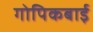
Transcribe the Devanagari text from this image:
गोपिकबाई